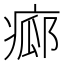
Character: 𤷸